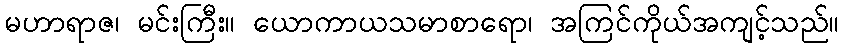
မဟာရာဇ၊ မင်းကြီး။ ယောကာယသမာစာရော၊ အကြင်ကိုယ်အကျင့်သည်။